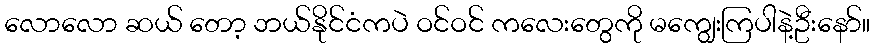
လောလော ဆယ် တော့ ဘယ်နိုင်ငံကပဲ ဝင်ဝင် ကလေးတွေကို မကျွေးကြပါနဲ့ဦးနော်။